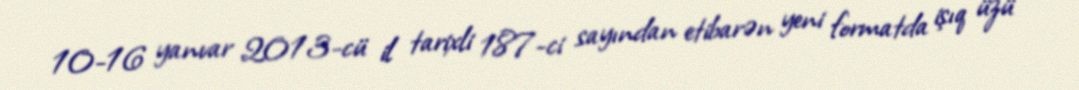
10-16 yanvar 2013-cü il tarixli 187-ci sayından etibarən yeni formatda işıq üzü